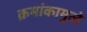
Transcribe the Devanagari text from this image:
क्रमांकामुळे